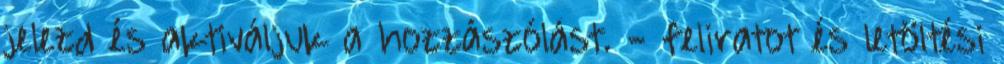
jelezd és aktiváljuk a hozzászólást. - feliratot és letöltési